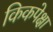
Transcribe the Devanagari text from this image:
किकपेक्षा